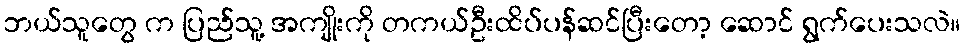
ဘယ်သူတွေ က ပြည်သူ့ အကျိုးကို တကယ်ဦးထိပ်ပန်ဆင်ပြီးတော့ ဆောင် ရွက်ပေးသလဲ။